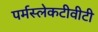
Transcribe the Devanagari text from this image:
पर्मस्लेकटीवीटी